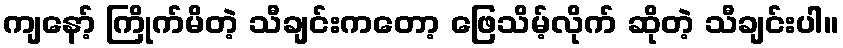
ကျနော့် ကြိုက်မိတဲ့ သီချင်းကတော့ ဖြေသိမ့်လိုက် ဆိုတဲ့ သီချင်းပါ။